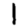
Digit: 1